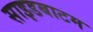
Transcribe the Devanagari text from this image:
साइडबाटम